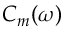
C _ { m } ( \omega )